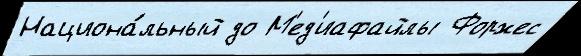
Национа́льный до М'ед'иафайлы Форжес